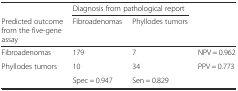
<table><thead><tr><td></td><td colspan="2"><b>Diagnosis from pathological report</b></td><td></td></tr><tr><td><b>Predicted outcome from the five-gene assay</b></td><td><b>Fibroadenomas</b></td><td><b>Phyllodes tumors</b></td><td></td></tr></thead><tbody><tr><td>Fibroadenomas</td><td>179</td><td>7</td><td>NPV = 0.962</td></tr><tr><td>Phyllodes tumors</td><td>10</td><td>34</td><td>PPV = 0.773</td></tr><tr><td></td><td>Spec = 0.947</td><td>Sen = 0.829</td><td></td></tr></tbody></table>